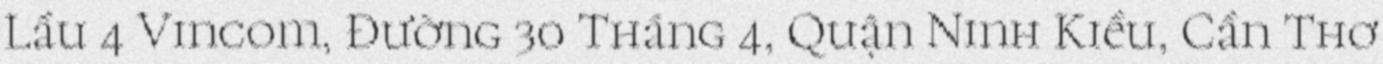
Lầu 4 Vincom, Đường 30 Tháng 4, Quận Ninh Kiều, Cần Thơ